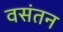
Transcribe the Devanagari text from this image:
वसंतन